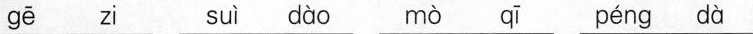
gē zi suì dào mò qī péng dà